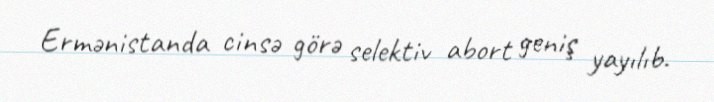
Ermənistanda cinsə görə selektiv abort geniş yayılıb.